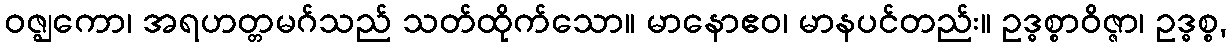
ဝဇ္ဈကော၊ အရဟတ္တမဂ်သည် သတ်ထိုက်သော။ မာနောဧဝ၊ မာနပင်တည်း။ ဥဒ္ဓစ္စာဝိဇ္ဇာ၊ ဥဒ္ဓစ္စ,